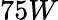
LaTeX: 75W